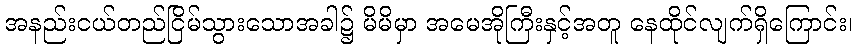
အနည်းငယ်တည်ငြိမ်သွားသောအခါ၌ မိမိမှာ အမေအိုကြီးနှင့်အတူ နေထိုင်လျက်ရှိကြောင်း၊